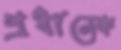
প্রধানেক